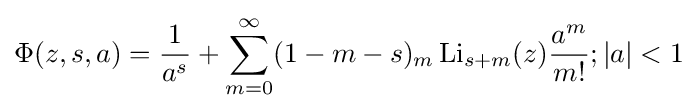
\Phi (z,s,a)={\frac {1}{a^{s}}}+\sum _{m=0}^{\infty }(1-m-s)_{m}\operatorname {Li} _{s+m}(z){\frac {a^{m}}{m!}};|a|<1